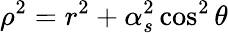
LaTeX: \rho^{2}=r^{2}+\alpha_{s}^{2}\cos^{2}\theta